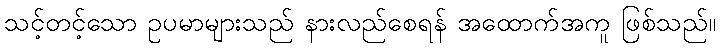
သင့်တင့်သော ဥပမာများသည် နားလည်စေရန် အထောက်အကူ ဖြစ်သည်။